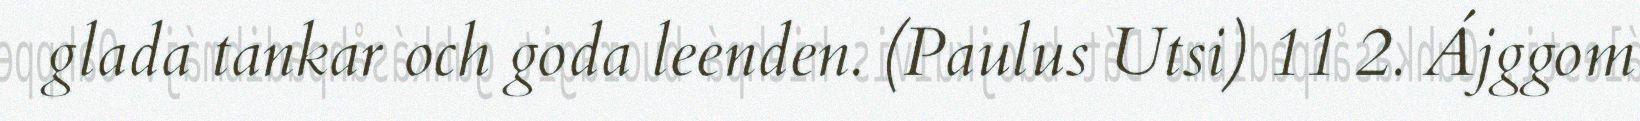
glada tankar och goda leenden. (Paulus Utsi) 11 2. Ájggom